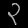
Digit: ၃